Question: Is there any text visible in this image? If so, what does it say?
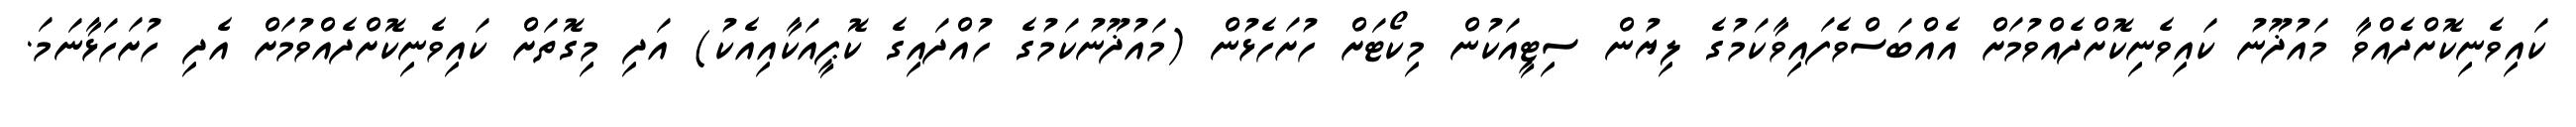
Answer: ކައިވެނިކޮށްދެއްވާ މައުޛޫނު ކައިވެނިކޮށްދެއްވުމަށް އެއްބަސްވެފައިވާކަމުގެ ލިޔުން ސިޓީއަކުން މިކޯޓަށް ހުށަހެޅުން (މައުޛޫނުކަމުގެ ހުއްދައިގެ ކޮޕީއަކާއިއެކު) އަދި މިގޮތަށް ކައިވެނިކޮށްދެއްވުމަށް އެދި ހުށަހަޅާނަމަ.